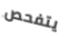
يتفحص